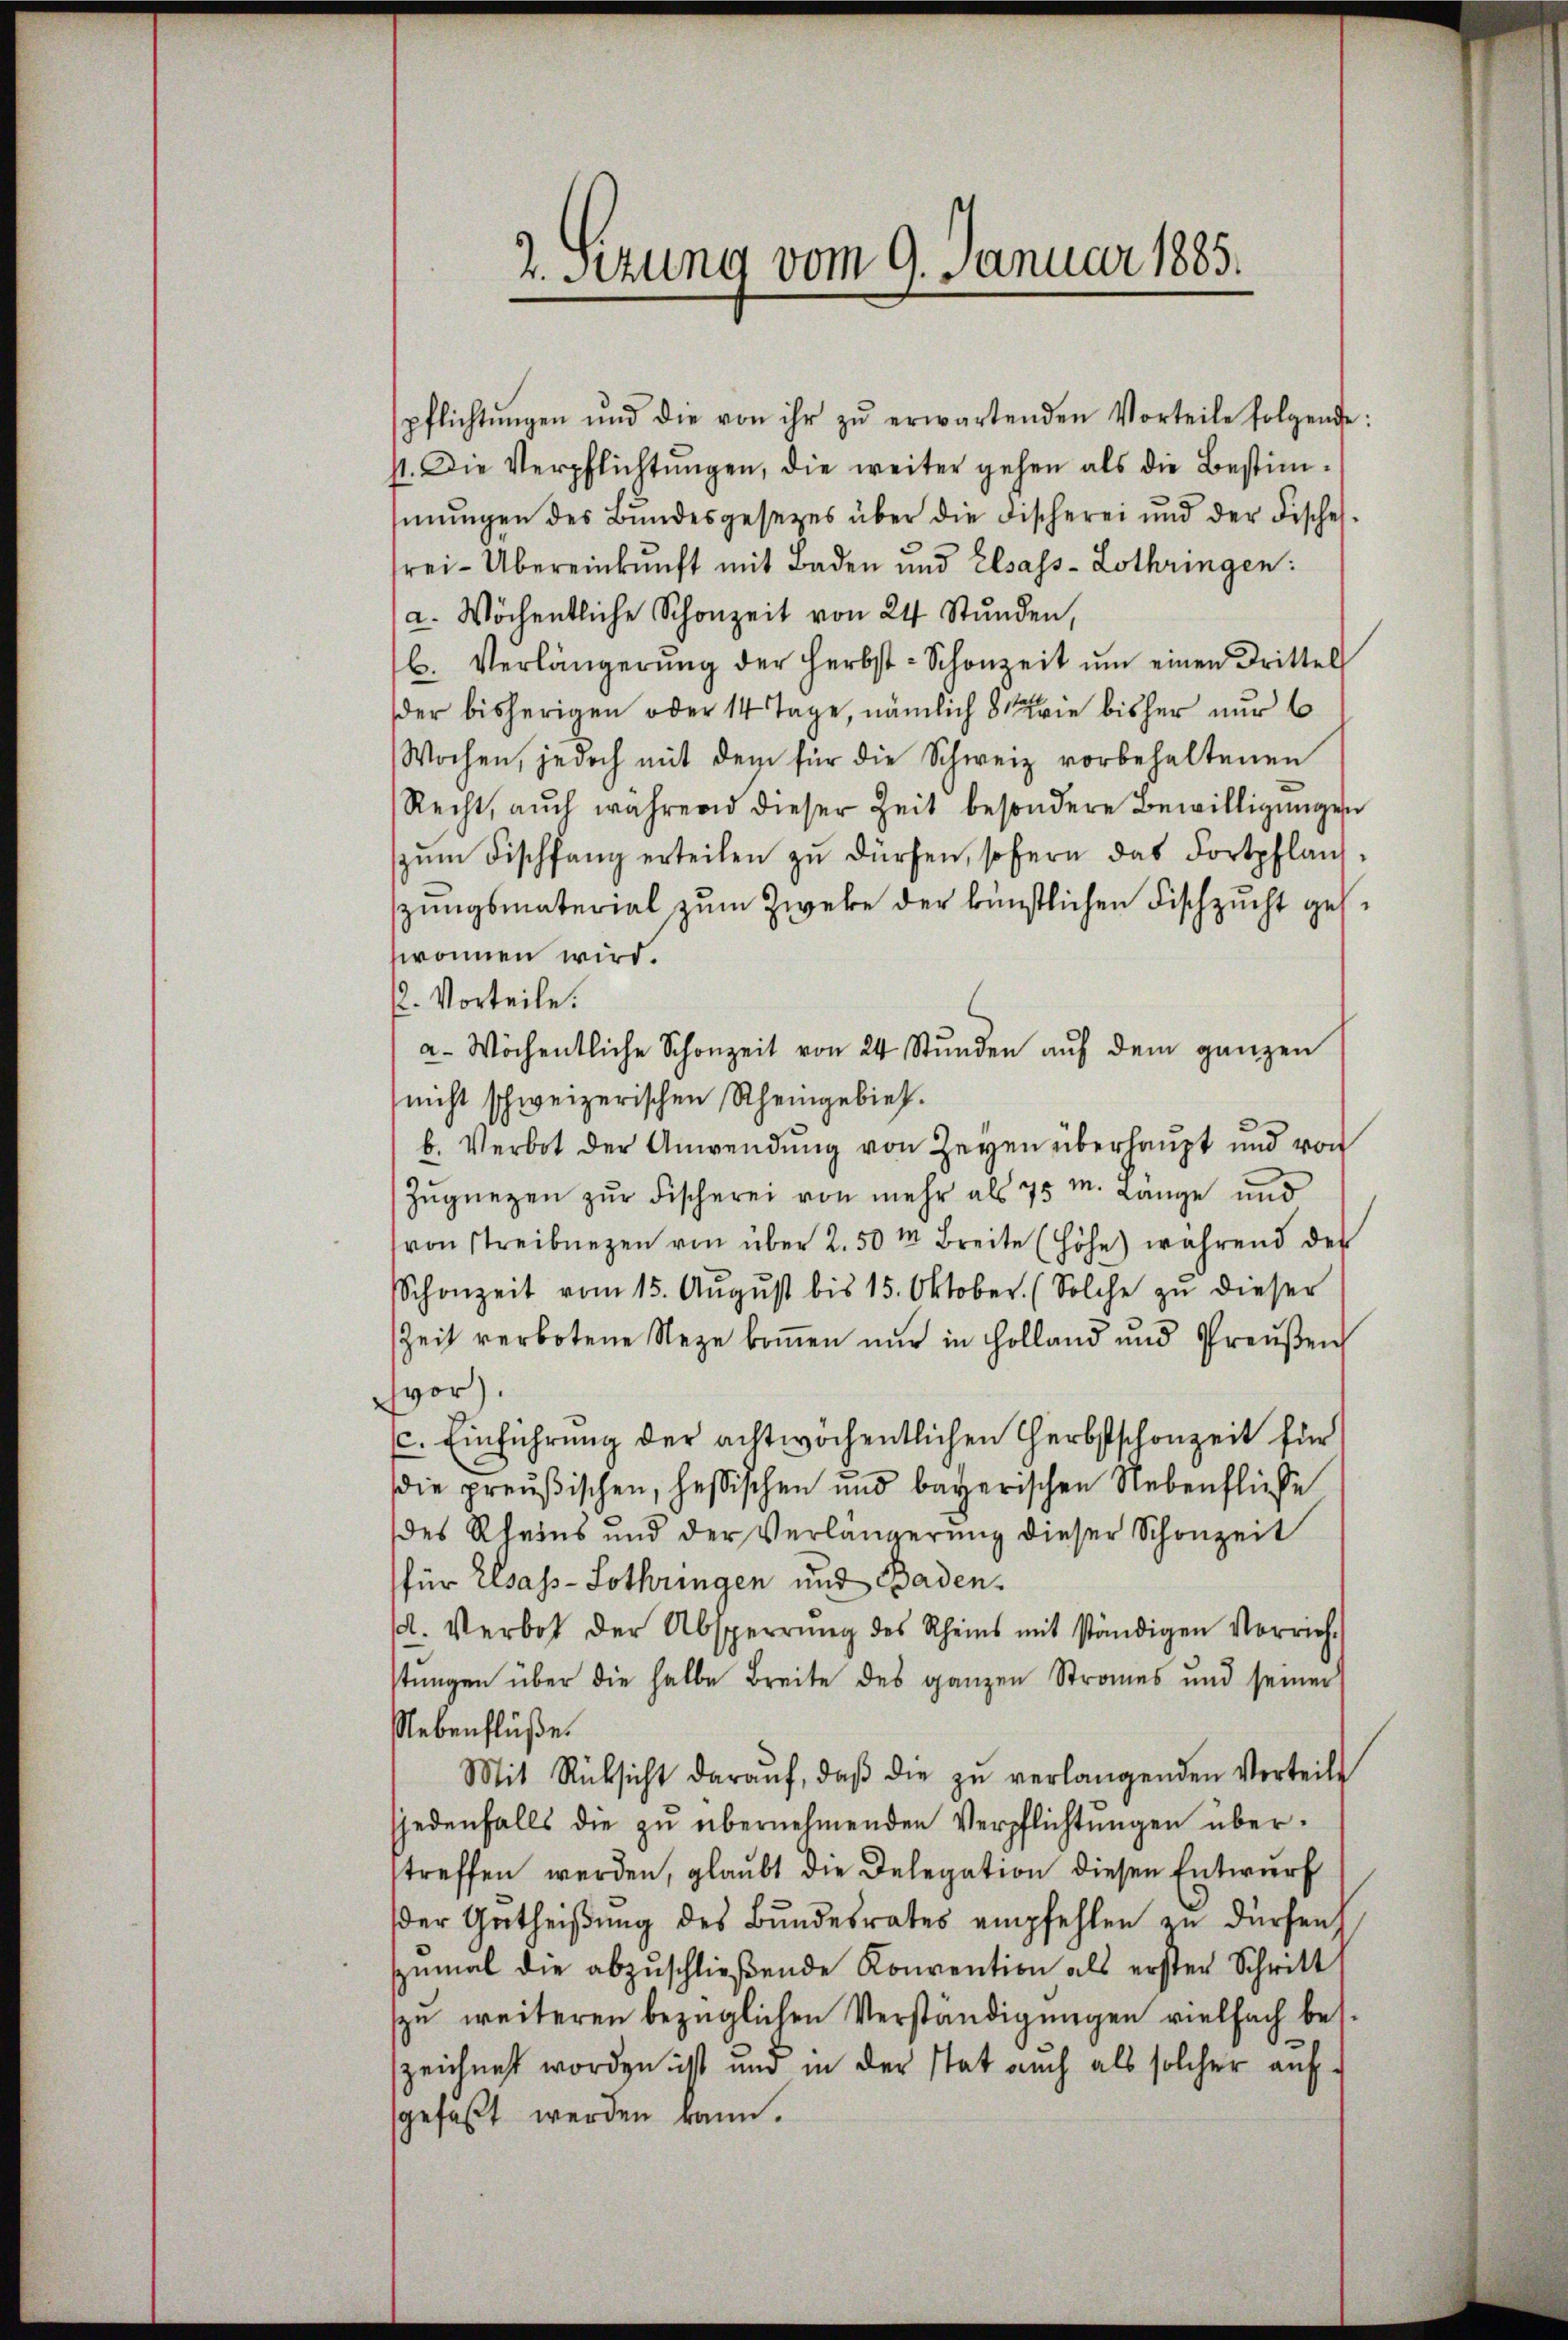
2. Setzung vom 9. Januar 1885.

pflichtŭngen und die von ihr zŭ erwartenden Vorteile folgende:
1. Die Verpflichtŭngen, die weiter gehen als die Bestim-
siŭngen des Bundesgesetzes über die Fischerei und der Fisches
rei-Übereinkunft mit Baden und Elsass-Lothringen:
a. Wöchentliche Schonzeit von 24 Stŭnden,
b. Verlängerŭng der Herbst- Schonzeit ŭm einen Drittel
der bisherigen oder 14 Tage, nämlich 8 wie bisher nur 6
Wochen, jedoch mit dem für die Schweiz vorbehaltenen
Recht, aŭch während dieser Zeit besondere Bewilligŭngen
zŭm Fischfang erteilen zŭ dürfen, sofern das Fortpflanz
zungsmaterial zum Zweke der künstlichen Fischzucht ges
wonnen wird.
2. Vorteile.
a Wöchentliche Schonzeit von 24 Stŭnden aŭf dem ganzen
nicht schweizerischen Rheingebiet.
b. Verbot der Anwendung von Zeyen überhaupt und von
Zŭgnezen zŭr Fischerei von mehr als 75 m. Länge und
von Streibungen von über 2.50 m Breite (Höhe) während des
Schonzeit vom 15. Aŭgŭst bis 15. Oktober. (Solche zŭ dieser
Zeit verbotene Neze kommen nur in Holland und Preŭβen
vor).
c. Einführung der achtwöchentlichen Therbstschonzeit für
die preußischen, hessischen und bayerischen Nebenfliche
des Rheins und der Verlängerŭng dieser Schonzeit
für Elsass-Lothringen und Baden.
d. Verbot der Absperrŭng des Rheins mit ständigen Vorrich.
stŭngen über die halbe Breite des ganzen Stromes und seiner
Nebenflüße.
Mit Rücksicht daraŭf, daβ die zŭ verlangenden Verteilt
(jedenfalls die zu übernehmenden Verpflichtungen übertreffen werden, glaubt die Delegation diesen Entwurf
der Getheißung des Bundesrates empfehlen zu dürfen
zŭmal die abzŭschlieβende Konvention als erster Schritt
zŭ weiteren bezüglichen Verständigungen vielfach bes.
zeichnet worden ist und in der stat auch als solcher auf
gefaßt werden kann.